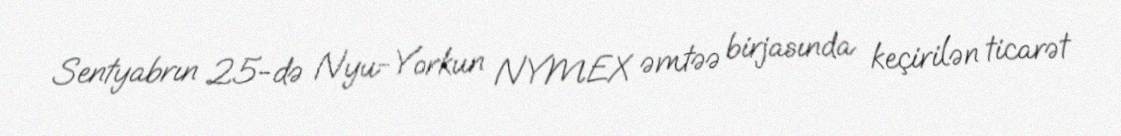
Sentyabrın 25-də Nyu-Yorkun NYMEX əmtəə birjasında keçirilən ticarət